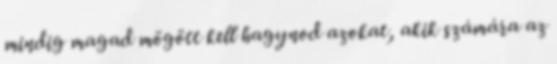
mindig magad mögött kell hagynod azokat, akik számára az